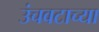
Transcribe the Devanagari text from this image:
उंचवटाच्या